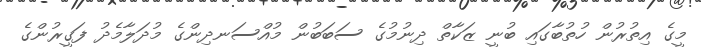
މީގެ އިތުރުން ހުތުބާގައި ބުނީ ޒަކާތް ދިނުމުގެ ސަބަބުން މުއްސަނދިންގެ މުދަލާމެދު ފަގީރުންގެ